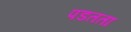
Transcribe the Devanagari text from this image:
पडतता